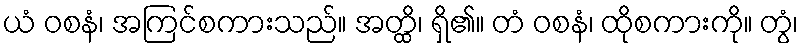
ယံ ဝစနံ၊ အကြင်စကားသည်။ အတ္ထိ၊ ရှိ၏။ တံ ဝစနံ၊ ထိုစကားကို။ တွံ၊